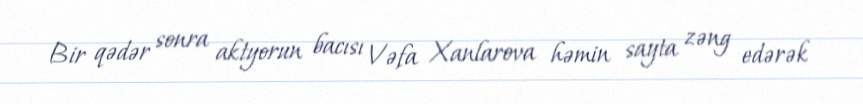
Bir qədər sonra aktyorun bacısı Vəfa Xanlarova həmin sayta zəng edərək